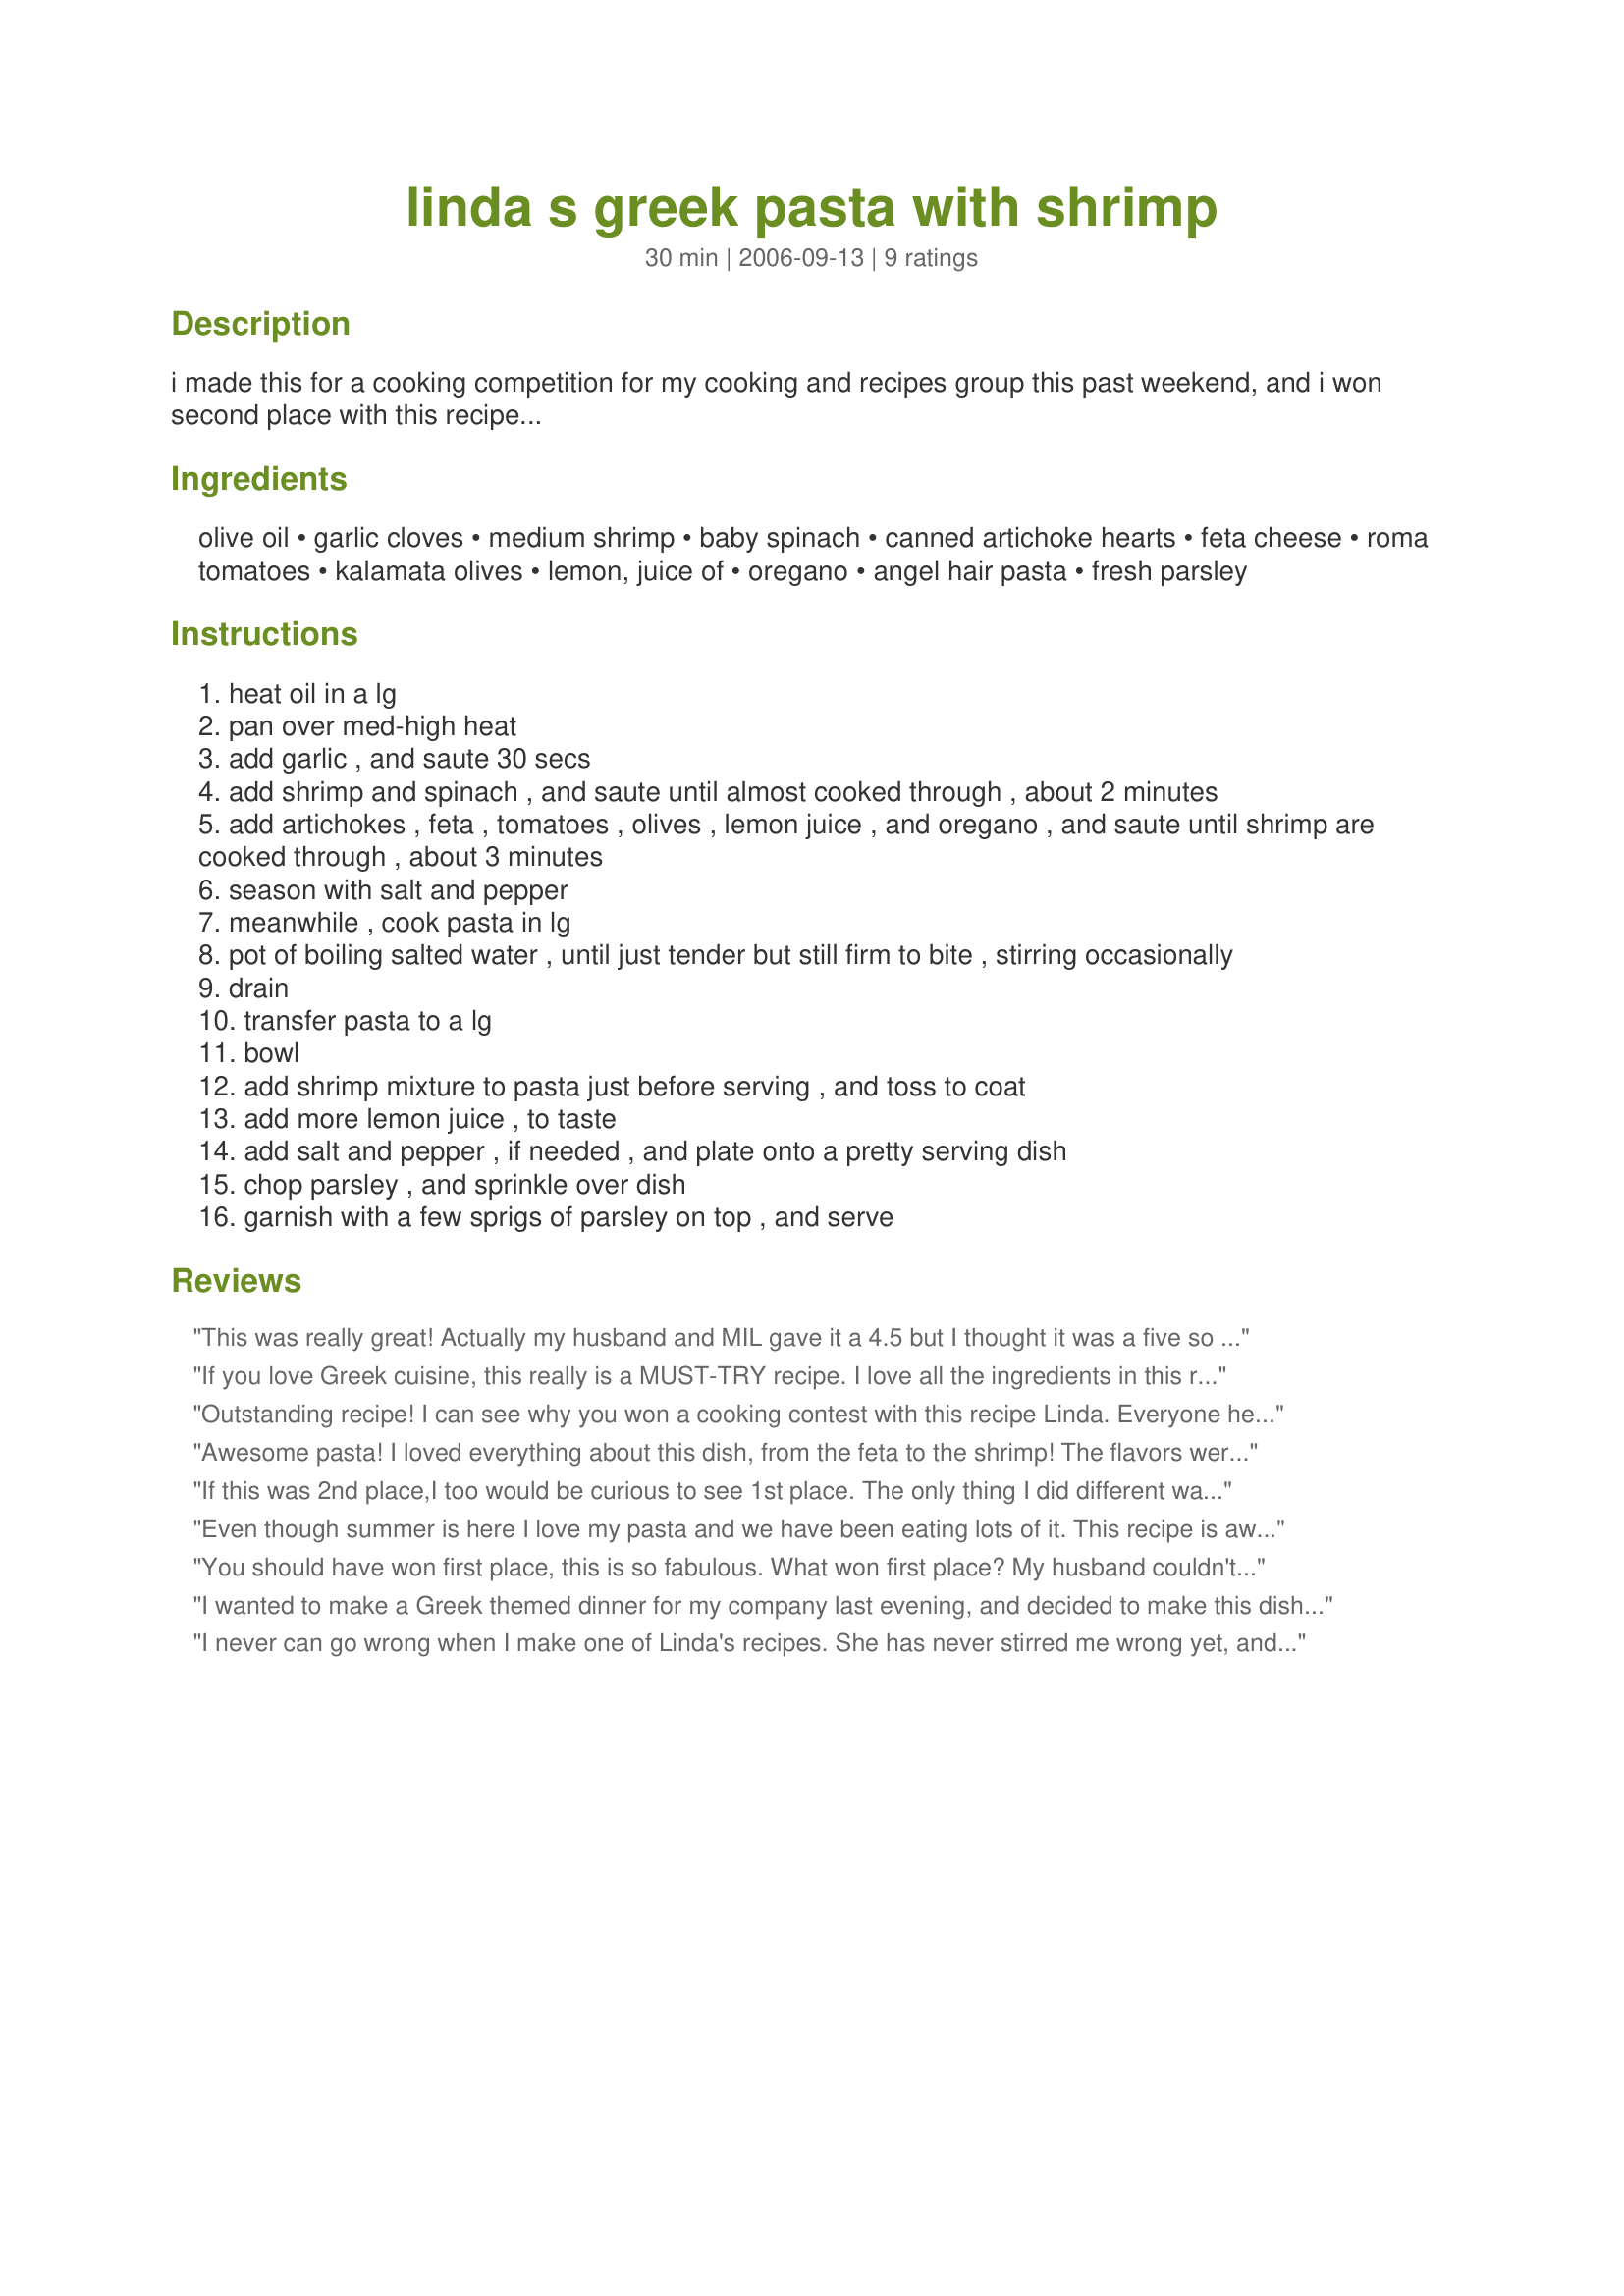
linda s greek pasta with shrimp
Preparation time: 30 minutes

i made this for a cooking competition for my cooking and recipes group this past weekend, and i won second place with this recipe...

Ingredients:
olive oil, garlic cloves, medium shrimp, baby spinach, canned artichoke hearts, feta cheese, roma tomatoes, kalamata olives, lemon, juice of, oregano, angel hair pasta, fresh parsley

Steps:
heat oil in a lg
pan over med-high heat
add garlic , and saute 30 secs
add shrimp and spinach , and saute until almost cooked through , about 2 minutes
add artichokes , feta , tomatoes , olives , lemon juice , and oregano , and saute until shrimp are cooked through , about 3 minutes
season with salt and pepper
meanwhile , cook pasta in lg
pot of boiling salted water , until just tender but still firm to bite , stirring occasionally
drain
transfer pasta to a lg
bowl
add shrimp mixture to pasta just before serving , and toss to coat
add more lemon juice , to taste
add salt and pepper , if needed , and plate onto a pretty serving dish
chop parsley , and sprinkle over dish
garnish with a few sprigs of parsley on top , and serve

Reviews:
This was really great! Actually my husband and MIL gave it a 4.5 but I thought it was a five so I win! I added a lot more garlic and kalamata's and tomatoes than the recipe called for. I cut the olive oil but this resulted in a goopy texture. It's the not the recipe's fault...I messed with the oil. Next time I will use the full amount, especially if I'm increasing all the additives. The flavor was superb. Just a beautiful blend of colors and flavors. This was a super easy and quick weeknight dish that will be made again and again. Even my 2 and 4 year old enjoyed it and devoured the shrimp. Thank you for the recipe!
If you love Greek cuisine, this really is a MUST-TRY recipe. I love all the ingredients in this right down to the angel hair pasta and parsley so I knew that I was going to love it: WOW, just the olives I would have chosen, feta, baby spinach leaves, lots of roasted garlic, artichokes! :) YUM, YUM, YUM. Except for adding some basil and thyme to the oregano (I love herbs), I made this exactly to the recipe which we enjoyed for today's lunch. An exceptional dish and easy to prepare. Certainly one I'll making again both for us and for guests, and having added those couple of herbs, I wouldn't want to change a thing. Made for Zaar Stars Tag, and devoured with great gusto! Thanks for sharing this super recipe, Linda.
Outstanding recipe! I can see why you won a cooking contest with this recipe Linda. Everyone here couldn't get enough of it. This is the first Greek dish I ever made and I wasn't sure how it would be received. Well, let me tell you, it's all gone! I can't wait to make it again. The great combination of flavors is what makes this a winning recipe!
Awesome pasta! I loved everything about this dish, from the feta to the shrimp! The flavors were amazing and it will be made many times again! I served Feta Asparagus and they really complimented each other very well. We loved it! Thanks for posting!
If this was 2nd place,I too would be curious to see 1st place. The only thing I did different was cut the EVOO to 1/8th c and cut the pasta. We just like more stuff and less pasta. Really good thanks for sharing. Easy and quick.
Even though summer is here I love my pasta and we have been eating lots of it. This recipe is awesome and a great one to try if you feel like something different and something really delicious! Great for company too!!!
You should have won first place, this is so fabulous. What won first place? My husband couldn't stop talking about this. I added the grated rind of the lemon also which made the taste just pop in your mouth. This is restaurant quality food. Thank you for this "keeper." Ellie
I wanted to make a Greek themed dinner for my company last evening, and decided to make this dish, as it looked so good. We weren't disappointed! I made along with Recipe #90975, and they were both AWESOME! The combination of ingredients and flavors were just perfect in this recipe, and went so good with the salad. I will definately be putting this in my favorites to make again!
I never can go wrong when I make one of Linda's recipes. She has never stirred me wrong yet, and this one didn't disappoint either! I loved the flavors of all the things I normally don't eat and they all went so well together. My son wants me to make it again next week! We would give this recipe 10 stars if we could. It's THAT good! Thanks LBK for another winner! Cindy
